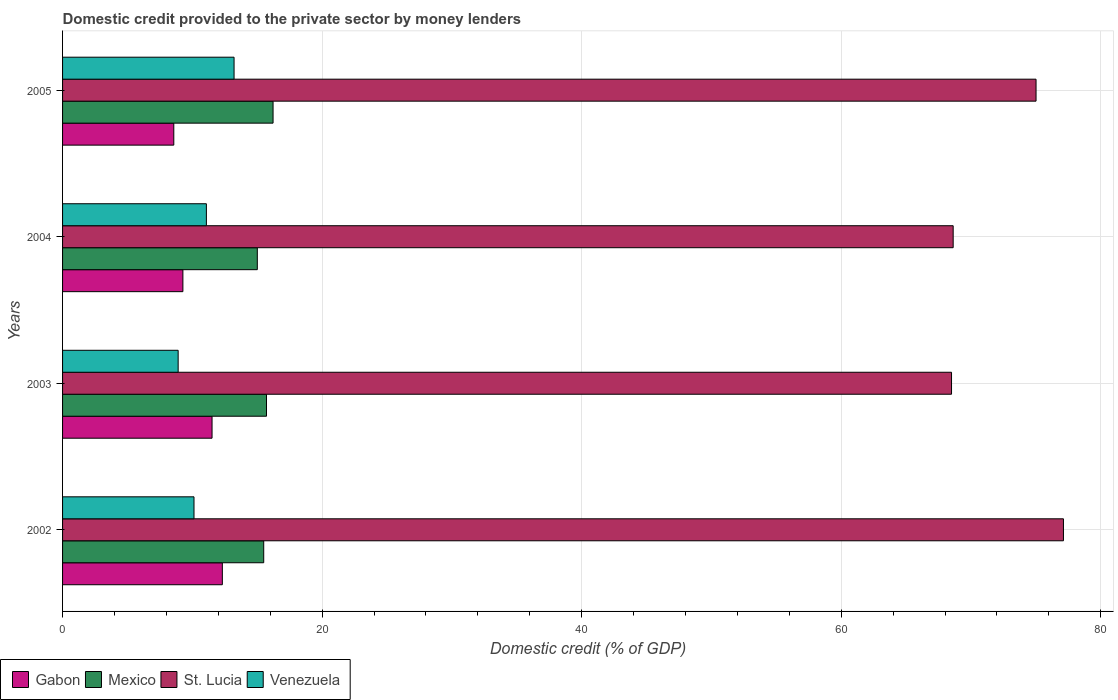
| Years | Gabon | Mexico | St. Lucia | Venezuela |
 | --- | --- | --- | --- | --- |
 | 2002 | 12.3 | 15.5 | 77.1 | 10.1 |
 | 2003 | 11.5 | 15.7 | 68.5 | 8.91 |
 | 2004 | 9.27 | 15 | 68.6 | 11.1 |
 | 2005 | 8.57 | 16.2 | 75 | 13.2 |